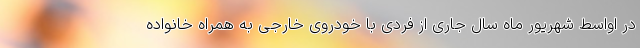
در اواسط شهریور ماه سال جاری از فردی با خودروی خارجی به همراه خانواده